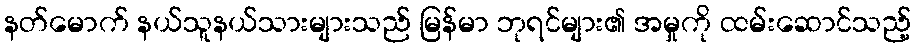
နတ်မောက် နယ်သူနယ်သားများသည် မြန်မာ ဘုရင်များ၏ အမှုကို ထမ်းဆောင်သည့်